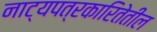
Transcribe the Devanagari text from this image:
नाट्यपत्रकारितेतील